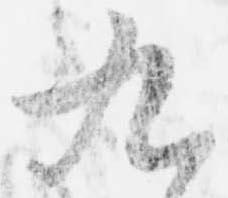
九